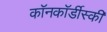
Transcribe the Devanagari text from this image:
कॉनकॉर्डीस्की